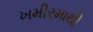
ખમીરમાથી